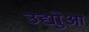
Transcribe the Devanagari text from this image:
उद्योुआ